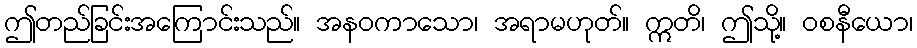
ဤတည်ခြင်းအကြောင်းသည်။ အနဝကာသော၊ အရာမဟုတ်။ ဣတိ၊ ဤသို့။ ဝစနီယော၊